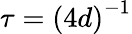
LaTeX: \tau=\left(4d\right)^{-1}